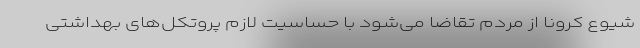
شیوع کرونا از مردم تقاضا می‌شود با حساسیت لازم پروتکل‌های بهداشتی